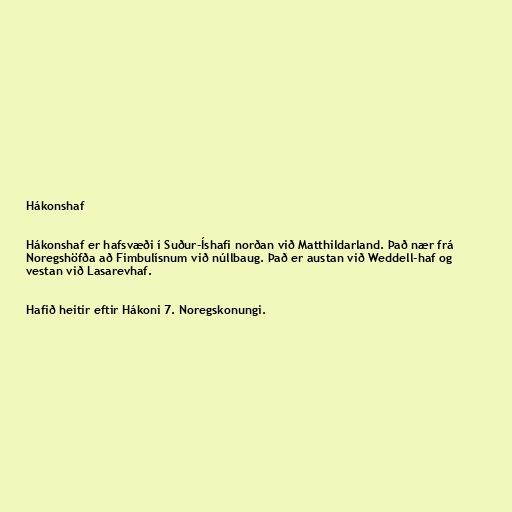
Hákonshaf

Hákonshaf er hafsvæði í Suður-Íshafi norðan við Matthildarland. Það nær frá
Noregshöfða að Fimbulísnum við núllbaug. Það er austan við Weddell-haf og
vestan við Lasarevhaf.

Hafið heitir eftir Hákoni 7. Noregskonungi.